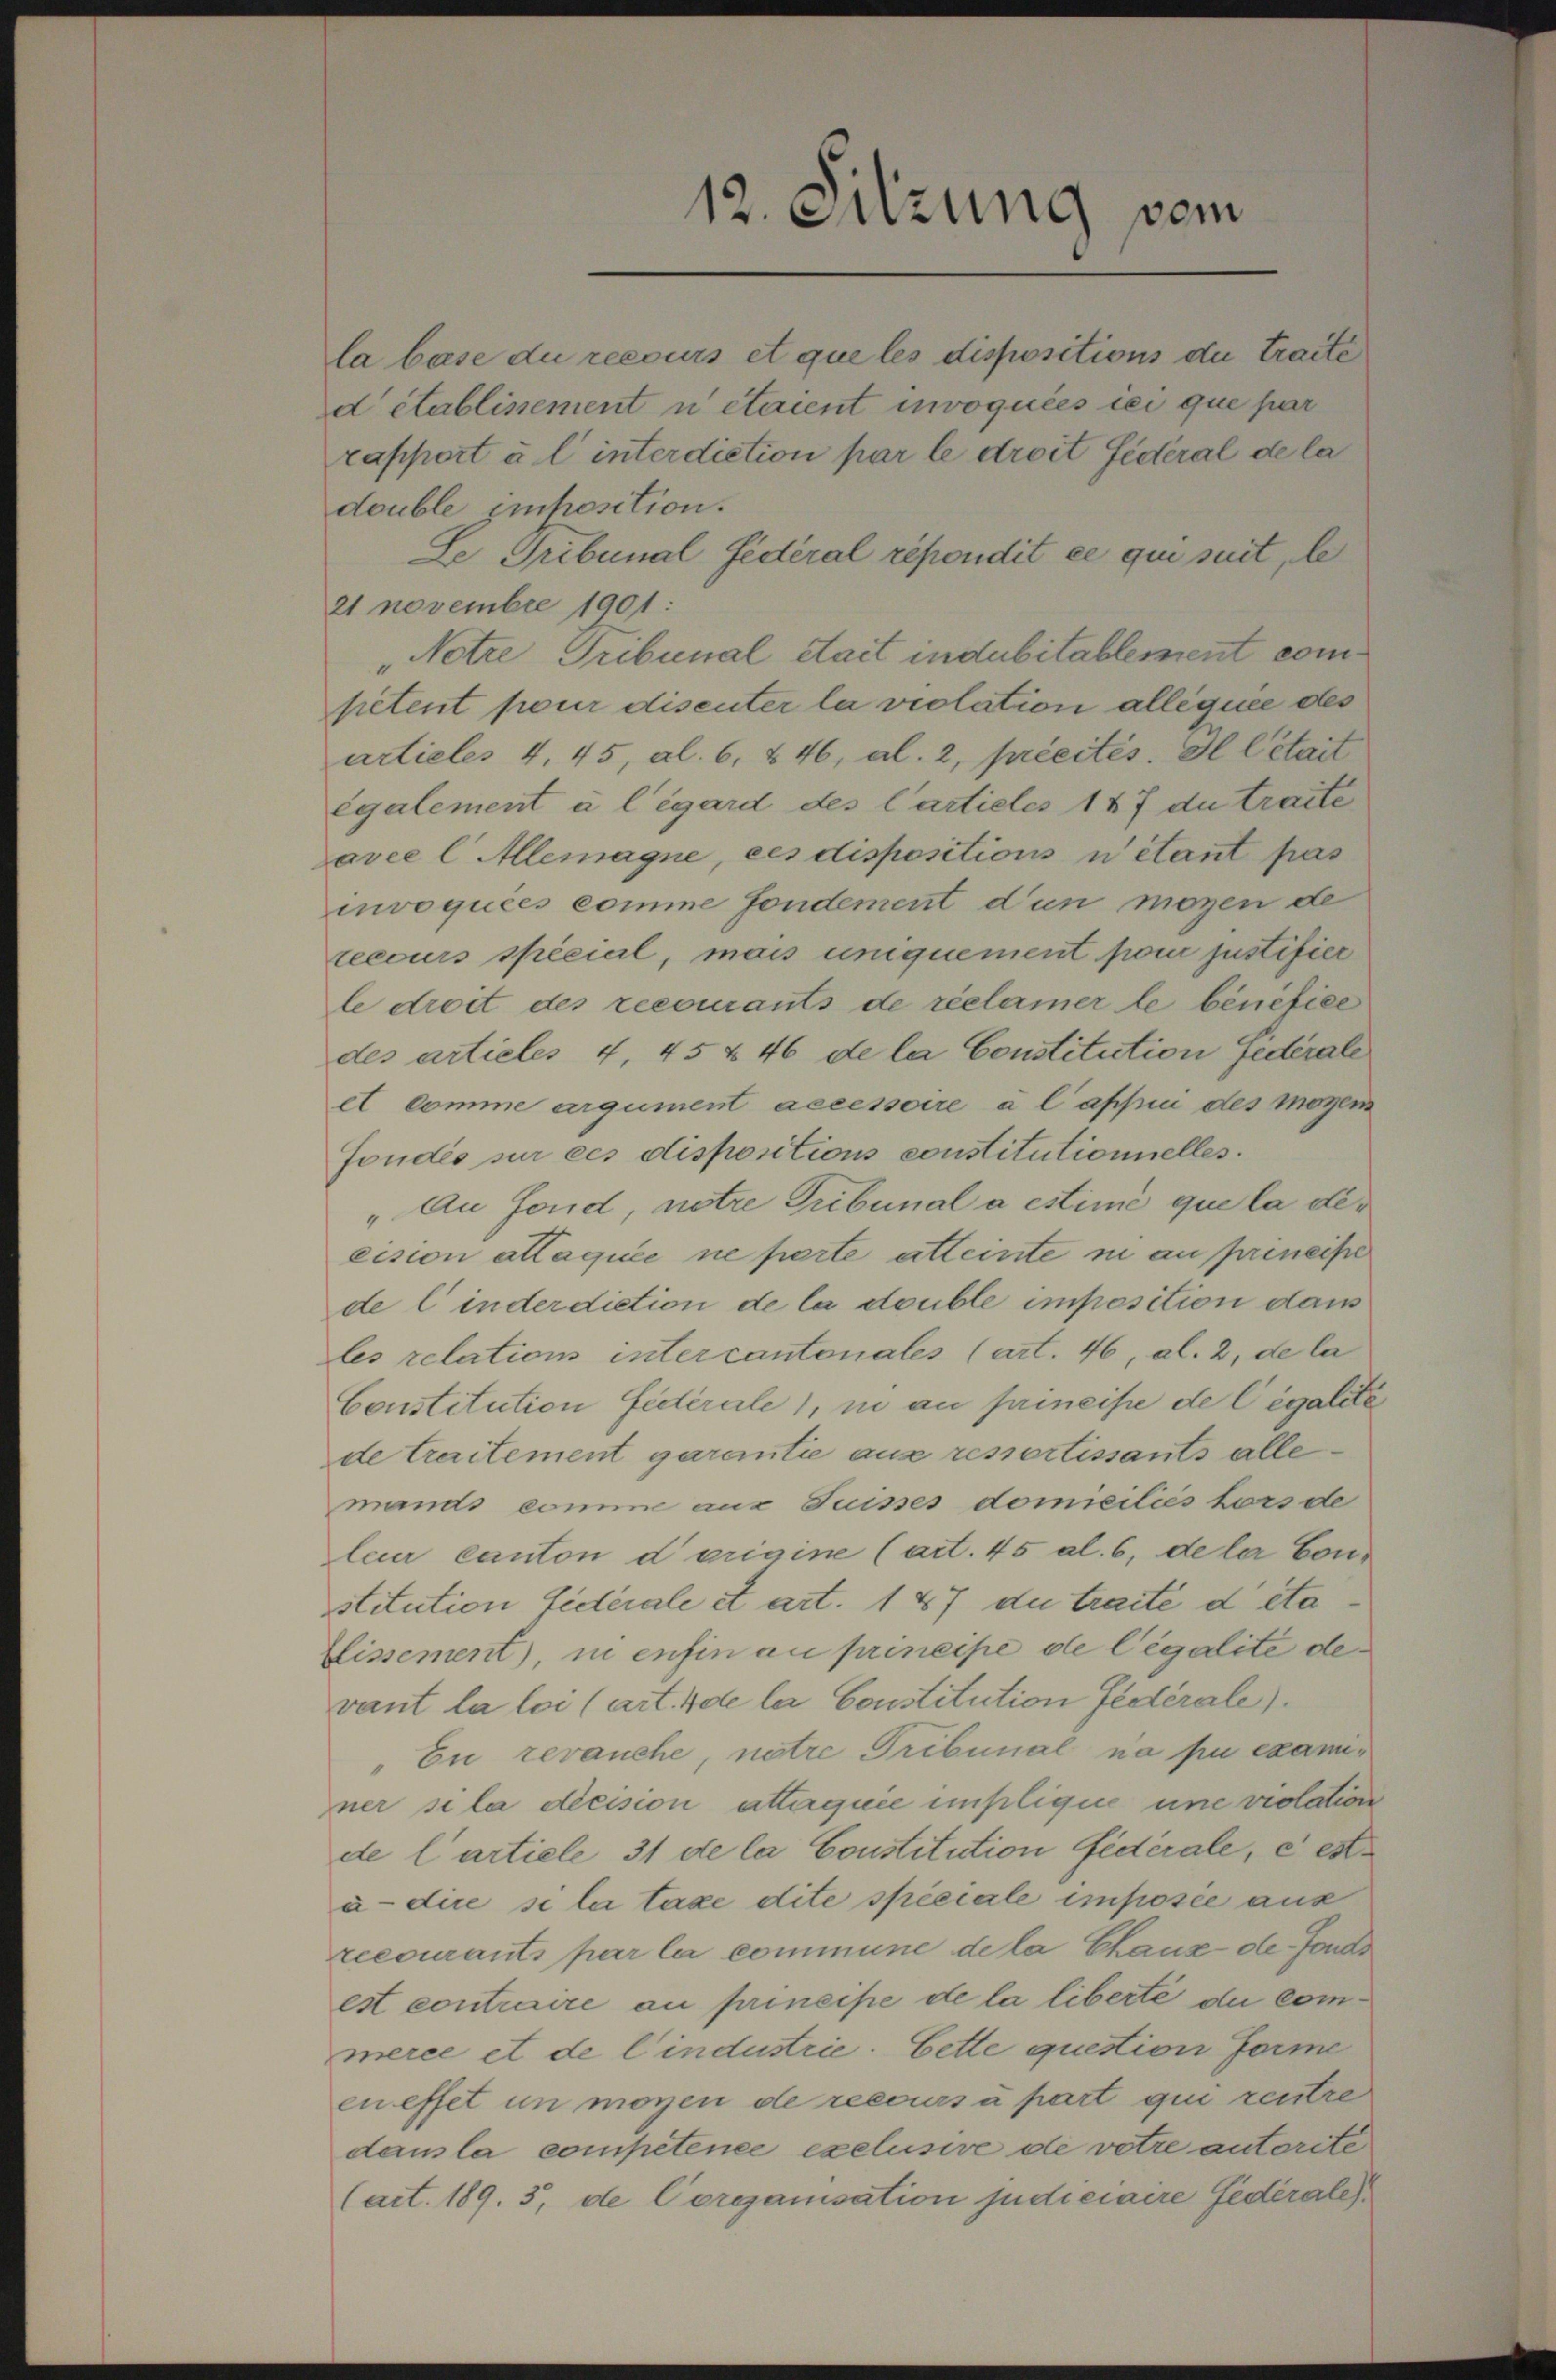
12. Sitzung vom

la base du recours et que les dispositions die traite
d établissement n étaient invoquées ici que par
rapport à l’ interdiction par le droit fédéral de la
double imposition.
Le Tribunal fédéral répondit ce qui suit, be
21 novembre 1901:
Netze Tribunal Stadt indubitablement competent pour disenter la violation alléguée des
artieles 4. 45, al. 6, § 46, al. 2, précités. Il Cétait
également à l’égard des Cartieles 147 du traite
avec l Allemagne, ces dispositions n’étant pas
invoquées comme fondement d’un mögen de
teecurs spécial, mais uniquement pon justifier
le droit des recourants de réclamer le bénéfice
des articles 4, 45 x 46 de la Constitution Gederale
et comme argument accessoire à l’apui des mögen
Fondés sur ces dispositions constitutionnelles.
An Fond, notre Tribunal a estime que la decision attaquée ne perte atteinte in an prineise
de C inderdiction de la double imposition dans
les relations intercantonales (art. 46, al. 2, de la
Constitution fédérale, in an primeise de légalité
de traitement garantie aus ressortissants allemands comme aus Suisses domiciliés tors de
leur canton darigine (art. 45 al. 6, deler Cour
stitution fiderale et art. 187 du traite deta
Elissement, ni enfin au principe de legalité devant la loi (art. 4 de la Constitution fidérale).
Eu revanche, notre Tribunal na pu examiner si la décision attaquie impliquie une violation
de l’artiele 31 de la Constitution fidérale, e entà-dire se le taxe dite spéciale imposée aus
recourants par la commune de la Chaus de Fonds
est contraire au principe de la liberte du commerce et de l’industrie. Cette question Forme
cneffet un moyen de recours u part qui rentre
dans la competence exclusive de votre autorite
(art. 189. 3. de Corganisation judiciaire Federales